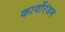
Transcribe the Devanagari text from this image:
कार्वोरंडम